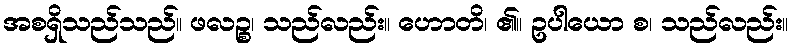
အစရှိသည်သည်။ ဖလဉ္စ၊ သည်လည်း။ ဟောတိ၊ ၏။ ဥပါယော စ၊ သည်လည်း။